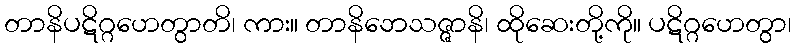
တာနိပဋိဂ္ဂဟေတွာတိ၊ ကား။ တာနိဘေသဇ္ဇာနိ၊ ထိုဆေးတို့ကို။ ပဋိဂ္ဂဟေတွာ၊